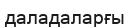
даладаларғы